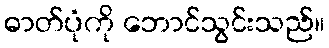
ဓာတ်ပုံကို ဘောင်သွင်းသည်။